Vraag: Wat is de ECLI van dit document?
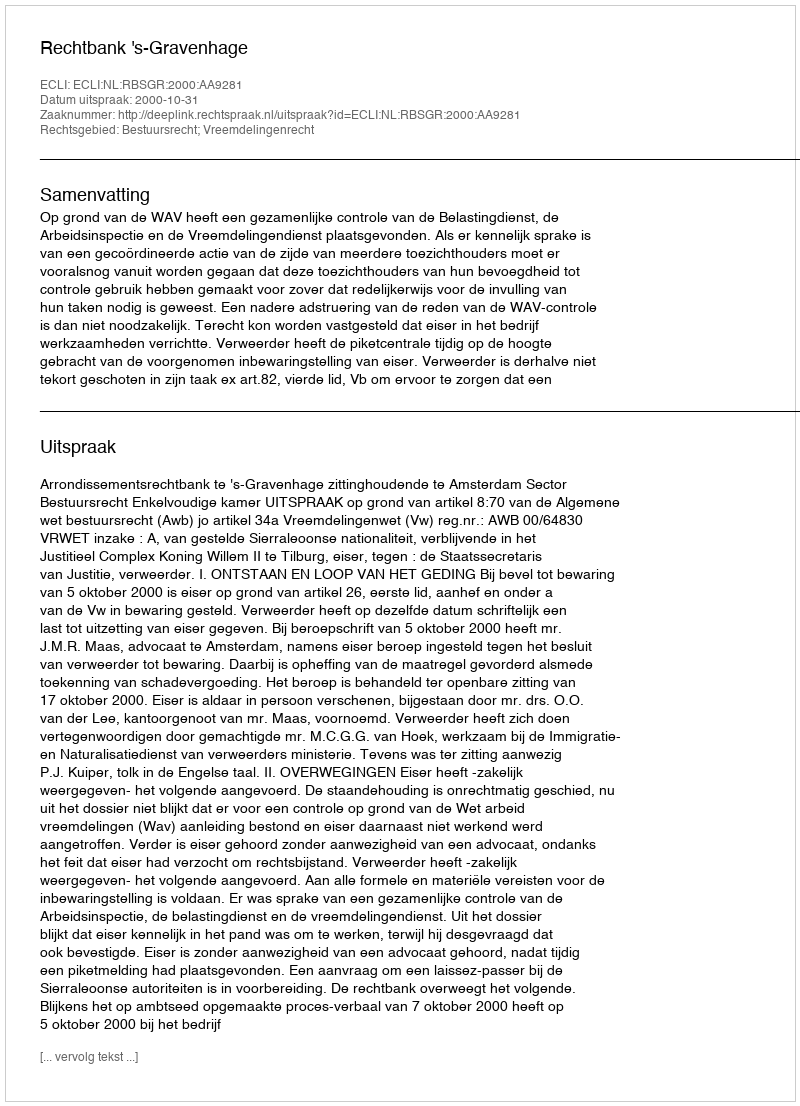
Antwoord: ECLI:NL:RBSGR:2000:AA9281